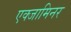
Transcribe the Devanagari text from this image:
एक्‍जामिनर